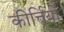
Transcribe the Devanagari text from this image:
कीर्त्तियों